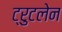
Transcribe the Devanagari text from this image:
ट्रुटलेन